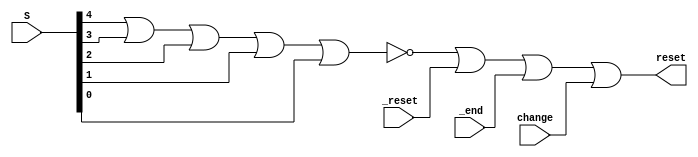
module _output(S,_reset,_end,change,reset);
input [4:0]S;
input _reset,_end,change;
output reset;
wire _S;

assign _S=~(S[4]|S[3]|S[2]|S[1]|S[0]);
assign reset=(_S|_reset|_end|change);

endmodule